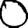
Digit: 0